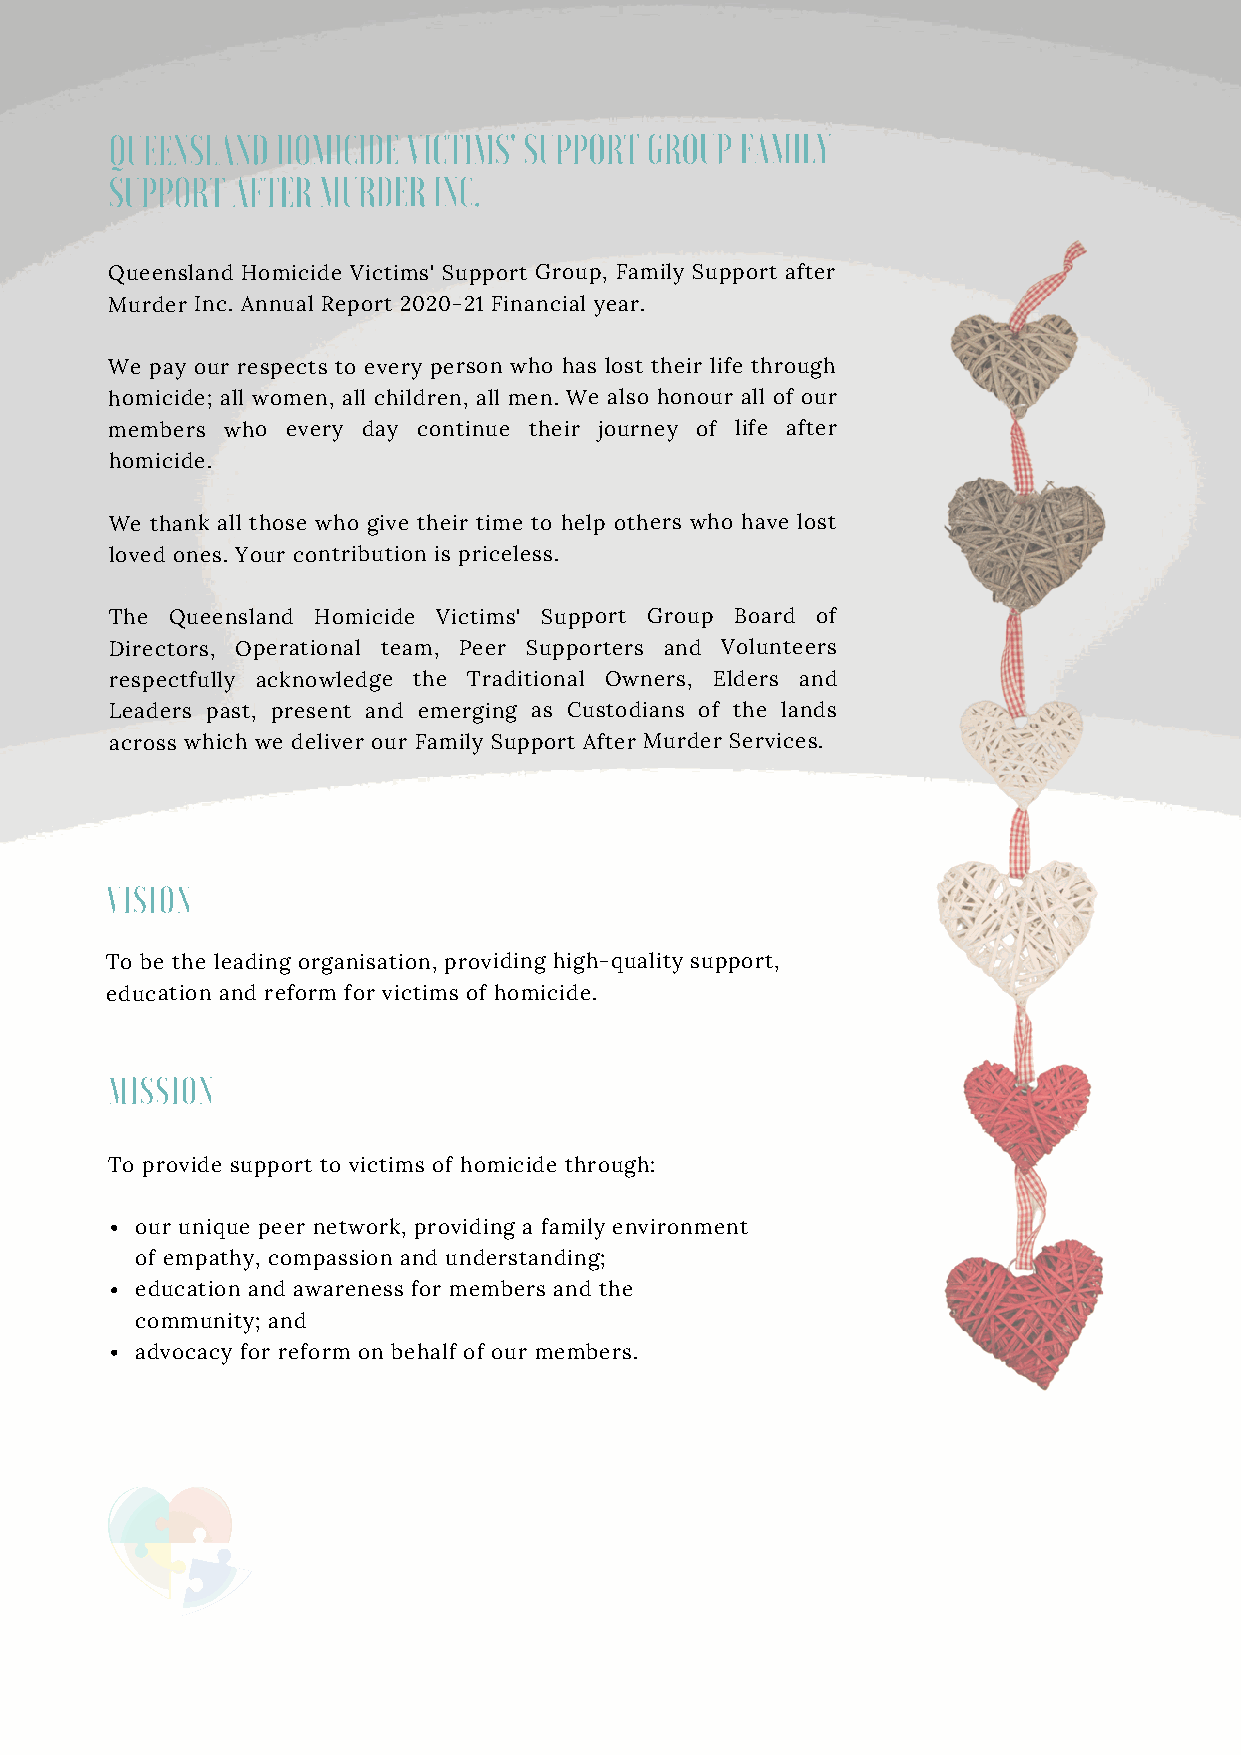
QUEENSLAND HOMICIDE VICTIMS' SUPPORT GROUP FAMILY
 SUPPORT AFTER MURDER  INC.
 Queensland Homicide Victims' Support Group, Family Support after
 Murder Inc. Annual Report 2020-21 Financial year.
 We pay our respects to every person who has lost their life through
 homicide; all women, all children, all men. We also honour all of our
 members who every day continue their journey of life after
 homicide.
 We thank all those who give their time to help others who have lost
 loved ones. Your contribution is priceless.
 The Queensland Homicide Victims' Support Group Board of
 Directors, Operational team, Peer Supporters and Volunteers
 respectfully acknowledge the Traditional Owners, Elders and
 Leaders past, present and emerging as Custodians of the lands
 across which we deliver our Family Support After Murder Services.
 VISION
 To be the leading organisation, providing high-quality support,
 education and reform for victims of homicide.
 MISSION
 To provide support to victims of homicide through:
 our unique peer network, providing a family environment
 of empathy, compassion and understanding;
 education and awareness for members and the
 community; and
 advocacy for reform on behalf of our members.